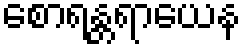
စောရန္တရာယေန